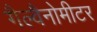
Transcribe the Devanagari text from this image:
गैल्वैनोमीटर